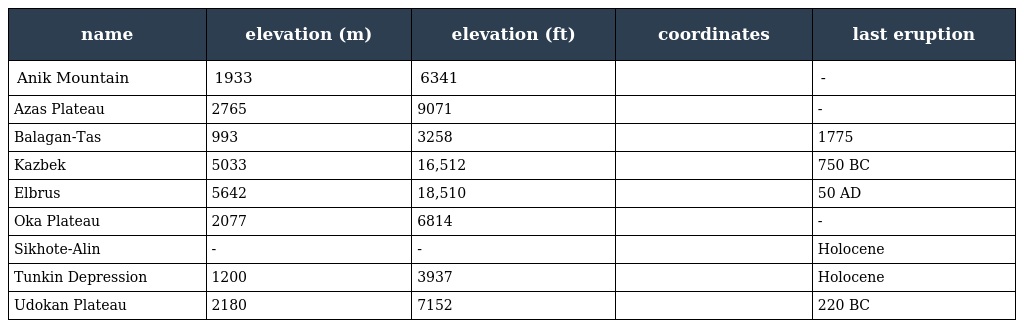
| name | elevation (m) | elevation (ft) | coordinates | last eruption |
 | --- | --- | --- | --- | --- |
 | Anik Mountain | 1933 | 6341 |  | - |
 | Azas Plateau | 2765 | 9071 |  | - |
 | Balagan-Tas | 993 | 3258 |  | 1775 |
 | Kazbek | 5033 | 16,512 |  | 750 BC |
 | Elbrus | 5642 | 18,510 |  | 50 AD |
 | Oka Plateau | 2077 | 6814 |  | - |
 | Sikhote-Alin | - | - |  | Holocene |
 | Tunkin Depression | 1200 | 3937 |  | Holocene |
 | Udokan Plateau | 2180 | 7152 |  | 220 BC |